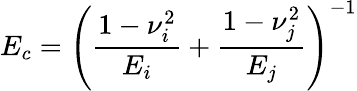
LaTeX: E_{c}=\Bigg(\frac{1-\nu_{i}^{2}}{E_{i}}+\frac{1-\nu_{j}^{2}}{E_{j}}\Bigg)^{-1}